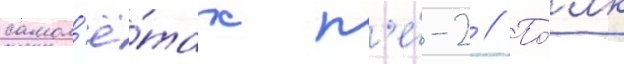
самол'ё́тах п'е́-2 // По́лк